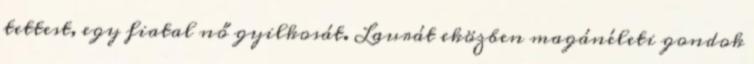
tettest, egy fiatal nő gyilkosát. Laurát eközben magánéleti gondok